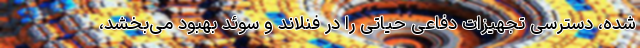
شده، دسترسی تجهیزات دفاعی حیاتی را در فنلاند و سوئد بهبود می‌بخشد،